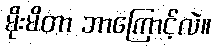
မိုးမိတာ ဘာကြောင့်လဲ။